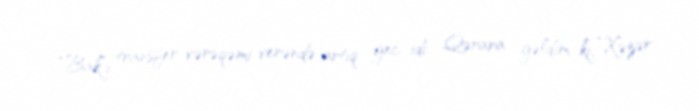
“Bak”ı transfer vərəqəmi verəndə artıq gec idi. Qərara gəldim ki, “Xəzər